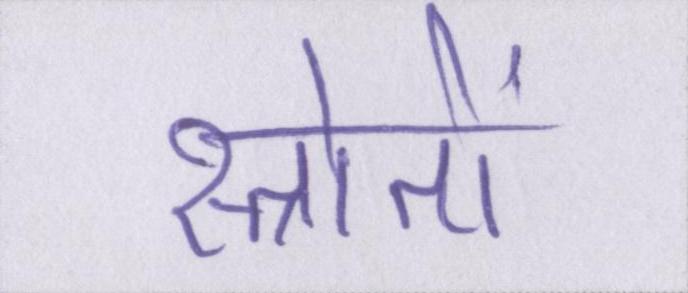
स्त्रोतों